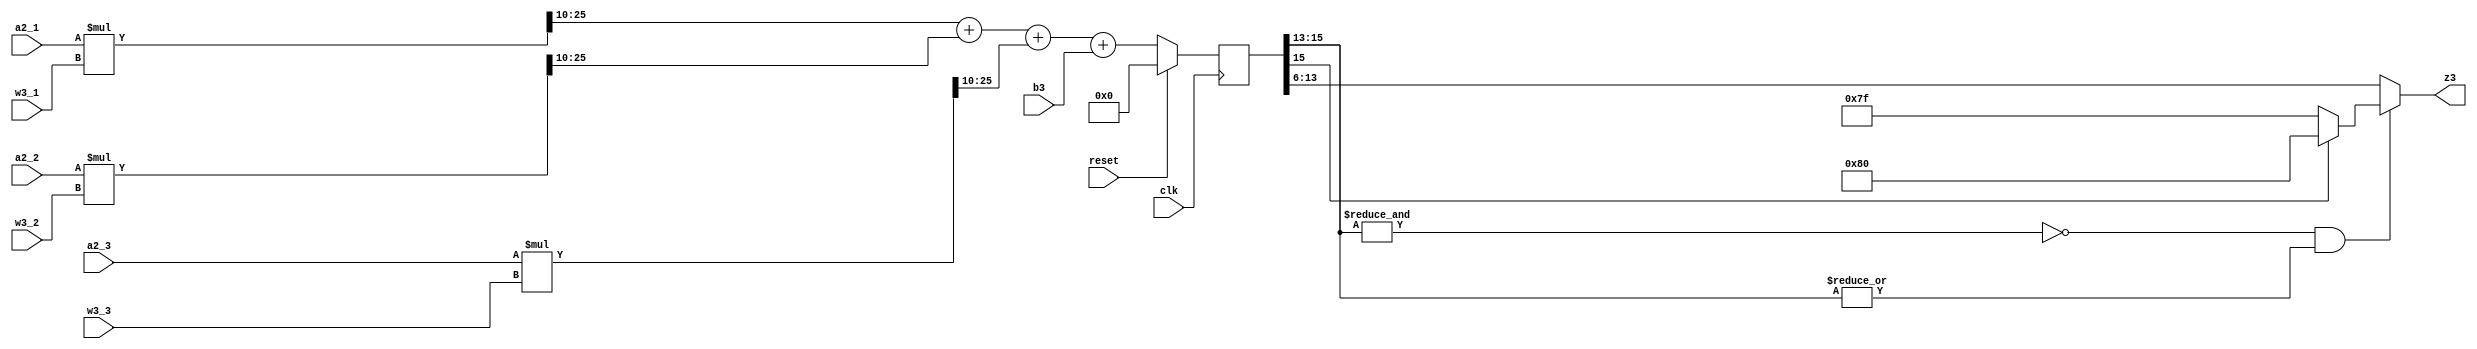
// This program was cloned from: https://github.com/weenslab/fpga101
// License: MIT License

`timescale 1ns / 1ps
//////////////////////////////////////////////////////////////////////////////////
// Company: Kyushu Institute of Technology
// 
// Design Name: Neural Network (using backpropagation)
// Module Name:    z3
// Project Name: LSI Design Contest in Okinawa 2018
// Target Devices: 
// Tool versions: 
//
// Description: 
// 	    Calculation of 3 input (a2) and 1 output (z3)
// Input:
//		a2_i	: 16 bits 00_0000.0000_0000_00 signed 	: input data (i=1,2,3)
//		b3		: 16 bits 00_0000.0000_0000_00 signed	: bias value
//		w3_i	: 16 bits 00_0000.0000_0000_00 signed 	: weight value (i=1,2,3)
//		clk	    : 1 bit
//		reset	: 1 bit : high active
// Output: 
//		z3		: 8 bits 0000.0000 : output value
// Latency: 1 clk
// 
// Dependencies: 
//
// Revision: 
// Revision 0.01 - File Created
// Name : date : what changed
// Additional Comments: 
//
//////////////////////////////////////////////////////////////////////////////////
module z3(clk, reset, a2_1, a2_2, a2_3, w3_1, w3_2, w3_3, b3, z3);

input clk;
input reset;
input signed [15:0] a2_1, a2_2, a2_3;				    //w input from hidden layer
input signed [15:0] w3_1, w3_2, w3_3;				    //owd		weight of third layer
input signed [15:0] b3;									//owoCAX	bias of third layer
output signed [7:0] z3;									//owo		output of third layer

reg signed [31:0] net1, net2, net3;
reg signed [15:0] z3_tmp;
wire saturation;

always @(posedge clk)
	begin
	//unsynchronized reset
	if (reset==1)
		begin
			net1=0;
			net2=0;
			net3=0;
			z3_tmp=0;
		end
	else
		begin
			net1= a2_1*w3_1;
			net2= a2_2*w3_2;
			net3= a2_3*w3_3;
			z3_tmp = (net1[25:10] + net2[25:10] + net3[25:10] + b3);//[55:24]
		end
	end
		//z3 with saturation
		assign saturation = ~&z3_tmp[15:13] & |z3_tmp[15:13];
		assign z3 = ~saturation ? z3_tmp[13:6] : (z3_tmp[15] ? 8'b1000_0000 : 8'b0111_1111);

        //z3 without saturation
		//assign z3 = z3_tmp[13:6];

endmodule